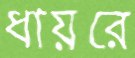
ধায়রে